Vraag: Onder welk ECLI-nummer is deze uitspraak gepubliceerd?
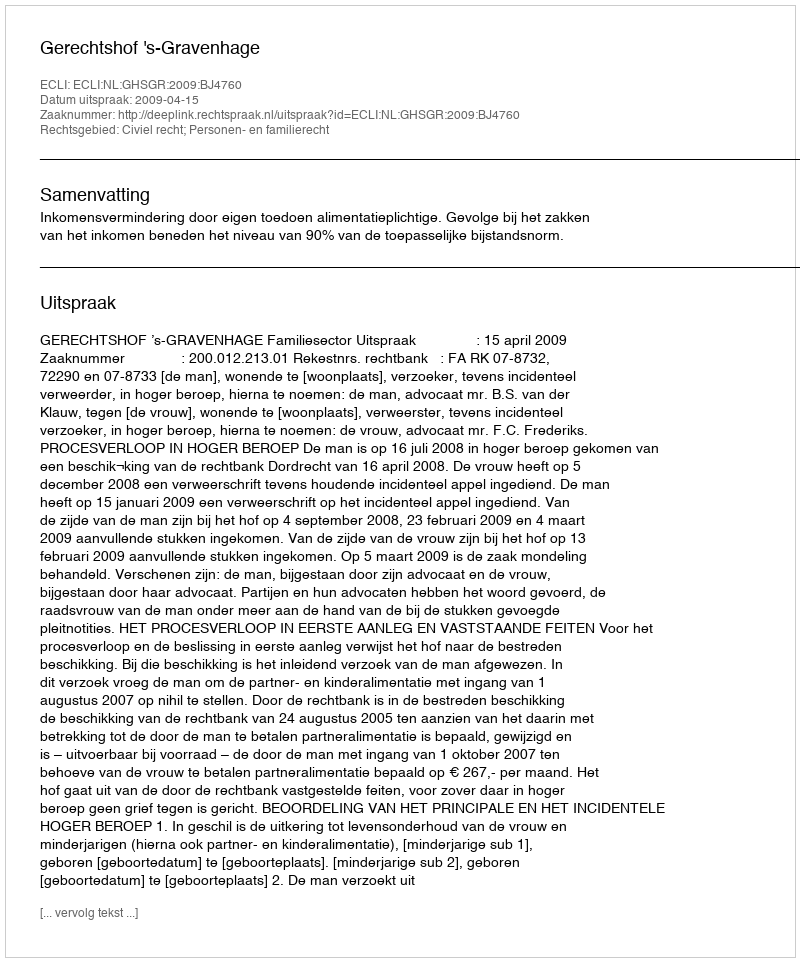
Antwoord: ECLI:NL:GHSGR:2009:BJ4760